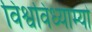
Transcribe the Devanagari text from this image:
विश्वविध्याम्यो